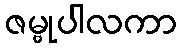
ဇမ္ဗုပါလကာ